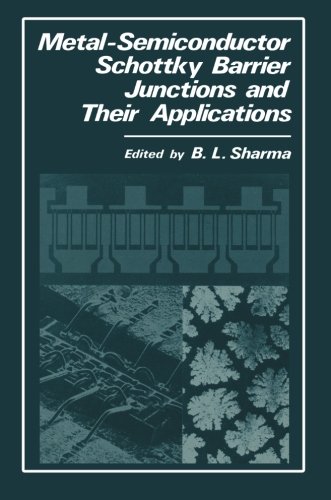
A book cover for Metal-Semiconductor Schottky Barrier Junctions and Their Applications; Engineering & Transportation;